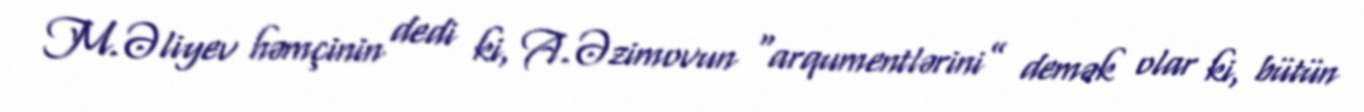
M.Əliyev həmçinin dedi ki, A.Əzimovun “arqumentlərini” demək olar ki, bütün